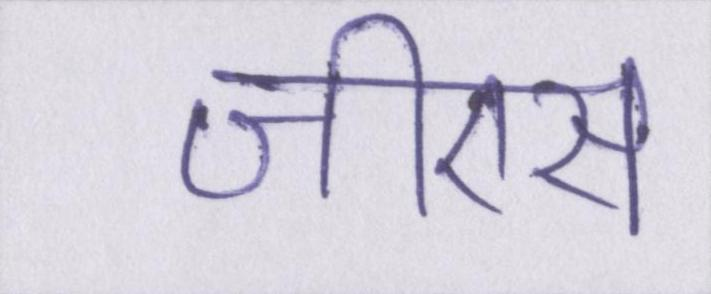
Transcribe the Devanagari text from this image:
जीएस